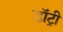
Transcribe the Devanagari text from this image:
डॉट्री